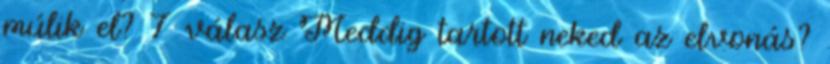
múlik el? 7 válasz Meddig tartott neked az elvonás?